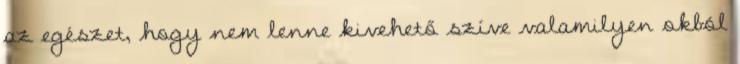
az egészet, hogy nem lenne kivehető szíve valamilyen okból